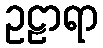
ဥဠာရာ